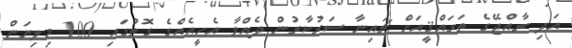
އަދި ރާއްޖޭގެ ތަރައްޤީއަށް ޗައިނާ ސަރުކާރުން ދެއްވާ އެހީއެއްގެ ގޮތުގައި 100 މިލިޔަން